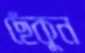
ছেঁকুন